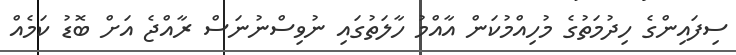
ސިފައިންގެ ހިދުމަތުގެ މުހިއްމުކަން އާއްމު ހާލަތުގައި ނުވިސްނުނަސް ރާއްޖެ އަށް ބޮޑު ކަމެއް